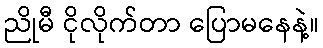
ညိုမီ ငိုလိုက်တာ ပြောမနေနဲ့။